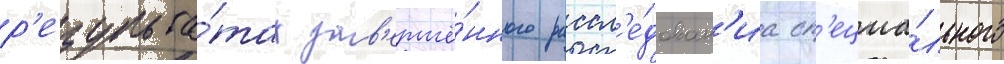
р'езульта́тах зав'ершё́нного рассл'е́дован'иа сп'ециа́льного